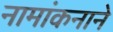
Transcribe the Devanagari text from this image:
नामांकनाने